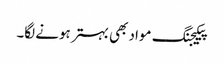
پیکیجنگ مواد بھی بہتر ہونے لگا۔